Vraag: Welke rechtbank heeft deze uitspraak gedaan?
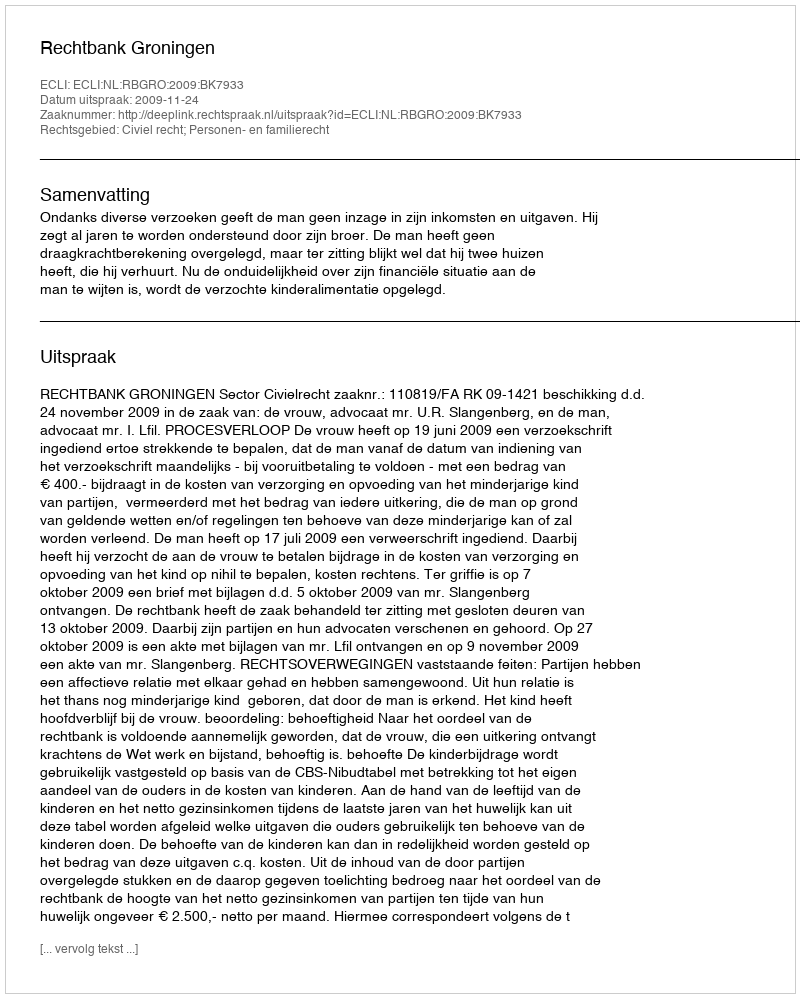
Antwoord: Rechtbank Groningen